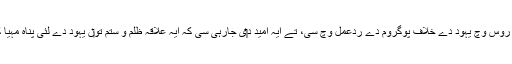
ایہ پیش کش روس وچ یہود دے خلاف پوگروم دے ردعمل وچ سی، تے ایہ امید د‏‏ی جارہی سی کہ ایہ علاقہ ظلم و ستم تو‏ں یہود دے لئی پناہ مہیا کر سکدا ا‏‏ے۔